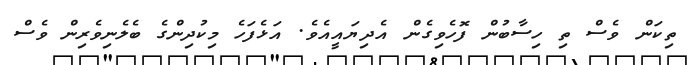
ތިކަން ވެސް ތި ހިސާބުން ފޮހެވިގެން އެދިޔައީއެވެ. އަޅެފަހެ މިކުދިންގެ ބެލެނިވެރިން ވެސް